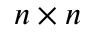
n \times n